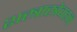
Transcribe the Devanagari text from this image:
शस्त्रास्त्रेवहन